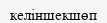
келіншекшөп